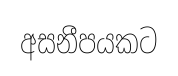
අසනීපයකට